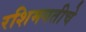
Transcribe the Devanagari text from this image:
रशिमगतीचे